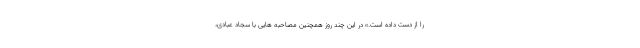
را از دست داده است.» در این چند روز همچنین مصاحبه هایی با سجاد عبادی،